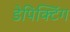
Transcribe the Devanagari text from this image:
डेपिक्टिंग